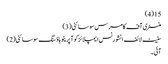
15(4)
منسٹری آف کامرس سوسائٹی(3)
سٹیٹ لائف انشورنس ایمپلائز کوآپریٹو ہاؤسنگ سوسائٹی(2)
آئی ۔